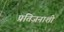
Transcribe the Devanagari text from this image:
प्रतिजनाशी